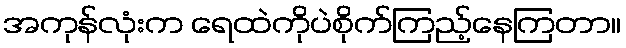
အကုန်လုံးက ရေထဲကိုပဲစိုက်ကြည့်နေကြတာ။